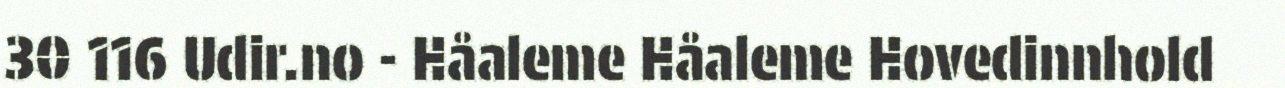
30 116 Udir.no - Håaleme Håaleme Hovedinnhold